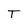
Character: T